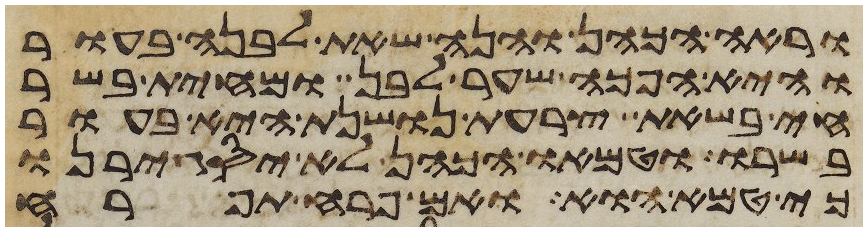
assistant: וראה הכהן והנה שאת לבנה בעור
והיא הפך שער לבן ומחית בשר
חי בשאת צרעת נושנת היא בעור
בשרו וטמאו הכהן לא יסגירנו
כי טמא הוא ואם פרח תפרח